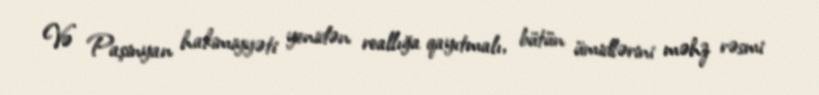
Və Paşinyan hakimiyyəti yenidən reallığa qayıtmalı, bütün ümidlərini məhz rəsmi